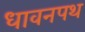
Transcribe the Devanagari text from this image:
धावनपथ